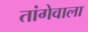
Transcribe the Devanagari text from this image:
तांगेवाला